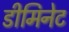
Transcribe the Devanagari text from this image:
डीमिनेट